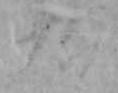
九